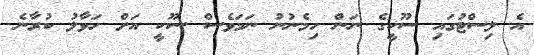
އެ ލިސްޓުގައި ސޫކީގެ ނަން ހިމެނުނު ނަމަވެސް ސޫކީ އަށް ހަވާލު ކުރާނެ